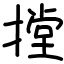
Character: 摚